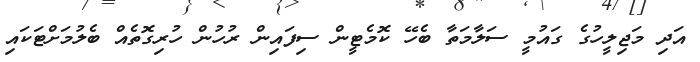
އަދި މަޖިލީހުގެ ގައުމީ ސަލާމަތާ ބެހޭ ކޮމެޓީން ސިފައިން ރުހުން ހުރިގޮތެއް ބެލުމަށްޓަކައި